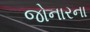
જોનારના